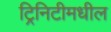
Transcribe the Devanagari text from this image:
ट्रिनिटीमधील